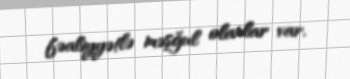
fəaliyyətlə məşğul olanlar var.